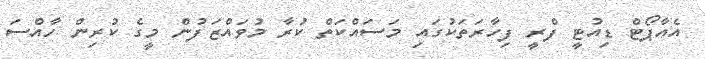
އެއާޕޯޓް ޑިއުޓީ ފްރީ ފިހާރަތަކުގައި މަސައްކަތް ކުރާ މުވައްޒަފުން މީގެ ކުރިން ހާއްސަ